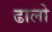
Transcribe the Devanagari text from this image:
ढालो